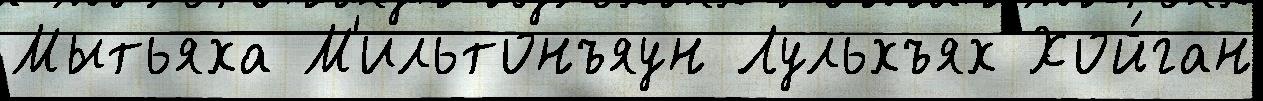
Мытьяха М'ильтонъяун Лульхъях Хой́ган